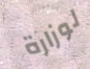
لوزارة